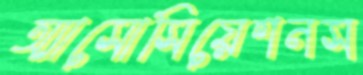
অ্যাসোসিয়েশনস